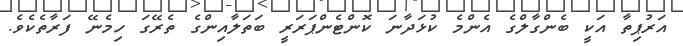
އަރުޕިތާ އަކީ ބެންގާލްގެ އެންމެ ކުޅަދާނަ ކޮންޓެންޕަރަރީ ބަތަލާއިންގެ ތެރޭގަ ހިމެނޭ ފަރާތެކެވެ.